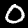
Label: 0